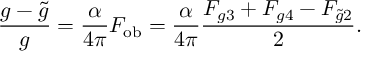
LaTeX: \frac { g - \tilde { g } } { g } = \frac { \alpha } { 4 \pi } F _ { \mathrm { o b } } = \frac { \alpha } { 4 \pi } \frac { F _ { g 3 } + F _ { g 4 } - F _ { \tilde { g } 2 } } { 2 } .